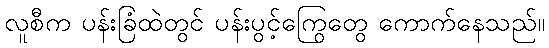
လူစီက ပန်းခြံထဲတွင် ပန်းပွင့်ကြွေတွေ ကောက်နေသည်။